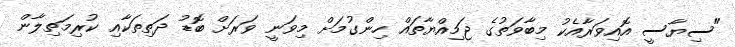
"ސިޔާސީ އޮއިވަރާއެކު މިބާވަތުގެ ޖަމިއްޔާތައް ހިންގުމަށް މިވަނީ ވަރަށް ބޮޑު ދަތިތަކާއި ކުރިމަތިލާން